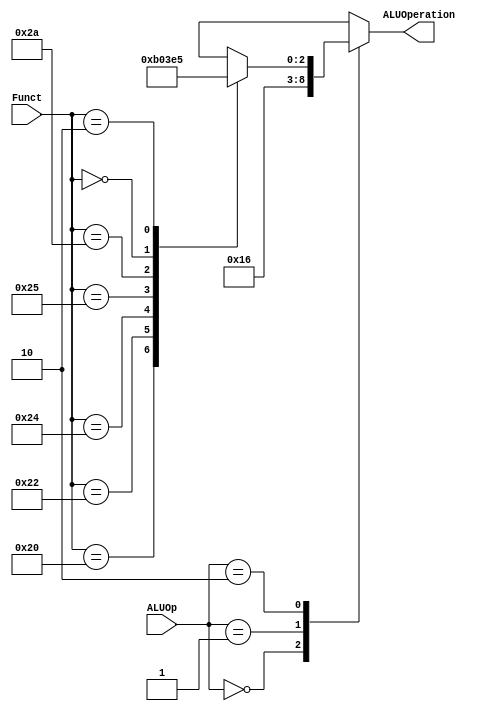
//-----------------------------------------------------------------------------
// Title         : ALU Control Unit
// Project       : ECE 313 - Computer Organization
//-----------------------------------------------------------------------------
// Organization  : Lafayette College
// 
//-----------------------------------------------------------------------------
// Description :
//   ALU Control Unit  used in the implementations of the MIPS
//   processor subset described in Ch. 5-6 of "Computer Organization and Design, 3rd ed."
//   by David Patterson & John Hennessey, Morgan Kaufmann, 2004 (COD3e).  
//
//   It implements the function specified in Figure 5.13 on p. 302 of COD3e.
//
//-----------------------------------------------------------------------------

module alu_ctl(ALUOp, Funct, ALUOperation);
    input [1:0] ALUOp;
    input [5:0] Funct;
    output [2:0] ALUOperation;
    reg    [2:0] ALUOperation;

    // symbolic constants for instruction function code
    parameter F_add = 6'd32;
    parameter F_sub = 6'd34;
    parameter F_and = 6'd36;
    parameter F_or  = 6'd37;
    parameter F_slt = 6'd42;
    // Added !!!
    parameter F_sll = 6'd0;
    parameter F_srl = 6'd2;

    // symbolic constants for ALU Operations
    parameter ALU_add = 3'b010;
    parameter ALU_sub = 3'b110;
    parameter ALU_and = 3'b000;
    parameter ALU_or  = 3'b001;
    parameter ALU_slt = 3'b111;
    parameter ALU_sll = 3'b100;
    parameter ALU_srl = 3'b101;

    always @(ALUOp or Funct)
    begin
        case (ALUOp) 
            2'b00 : ALUOperation = ALU_add;
            2'b01 : ALUOperation = ALU_sub;
            2'b10 : case (Funct) 
                        F_add : ALUOperation = ALU_add;
                        F_sub : ALUOperation = ALU_sub;
                        F_and : ALUOperation = ALU_and;
                        F_or  : ALUOperation = ALU_or;
                        F_slt : ALUOperation = ALU_slt;
                        F_sll : ALUOperation = ALU_sll;
                        F_srl : ALUOperation = ALU_srl;
                        default ALUOperation = 3'bxxx;
                    endcase
            default ALUOperation = 3'bxxx;
        endcase
    end
endmodule